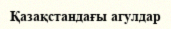
Қазақстандағы агулдар